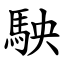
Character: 駚